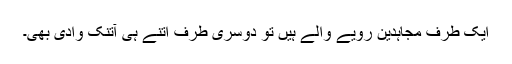
ایک طرف مجاہدین رویے والے ہیں تو دوسری طرف اتنے ہی آتنک وادی بھی۔